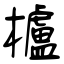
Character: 櫨